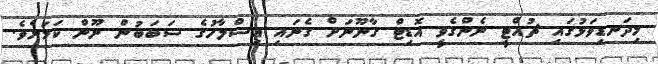
މިދަނޑިވަޅުގައި ޗުއްޓީ ނެންގެވީ އޮޑިޓް ގާނޫނަށް ގެނައި އިސްލާހުގެ ސަބަބުން ނޫން ކަމަށެވެ.